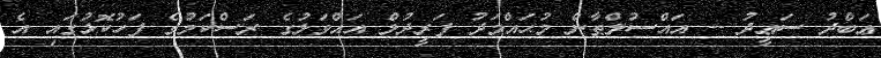
ޢަބްދު ސަޢީދު -- އައްސުލްޠާން މުޙައްމަދު ފަރީދުލް އައްވަލުގެ ރަސްކަމުގެ ފަހުކޮޅުގައި އެ